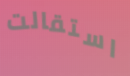
استقالت